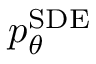
p _ { \theta } ^ { \mathrm { S D E } }